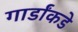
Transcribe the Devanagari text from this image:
गार्डांकडे